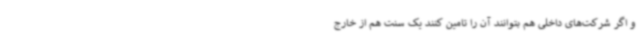
و اگر شرکت‌های داخلی هم بتوانند آن را تامین کنند یک سنت هم از خارج